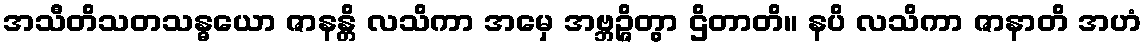
အသီတိသတသန္ဓယော ဇာနန္တိ လသိကာ အမှေ အဗ္ဘဉ္ဇိတွာ ဌိတာတိ။ နပိ လသိကာ ဇာနာတိ အဟံ